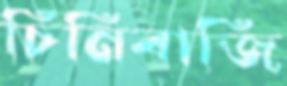
চিনিবাজি